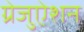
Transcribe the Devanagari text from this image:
ग्रेजुऐशन